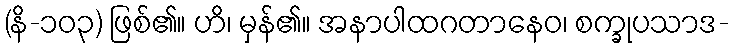
(နိ-၁၀၃) ဖြစ်၏။ ဟိ၊ မှန်၏။ အနာပါထဂတာနေဝ၊ စက္ခုပသာဒ-